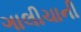
ગાલીચાની